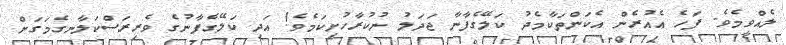
ލެއްވީމެވެ. ފަހެ އެއުރެން އެކަންތަކާމެދު ކަލޭގެފާނާ ޖަދަލު ނުކުރާހުށިކަމެވެ! އަދި ކަލޭގެފާނުގެ ވެރިރަސްކަލާނގެމަގަށް